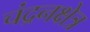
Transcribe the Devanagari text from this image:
चंद्रनक्षेत्र